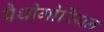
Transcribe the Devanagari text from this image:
पैथोगोरियन